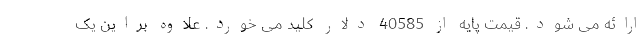
ارائه می شود. قیمت پایه از 40585 دلار کلید می خورد. علاوه براین یک